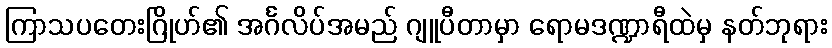
ကြာသပတေးဂြိုဟ်၏ အင်္ဂလိပ်အမည် ဂျူပီတာမှာ ရောမဒဏ္ဍာရီထဲမှ နတ်ဘုရား